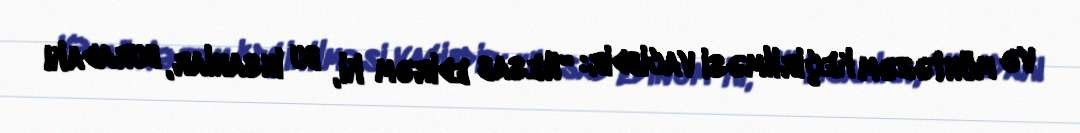
və müntəzəm keçirilməsi vacibdir: “Hesab edirəm ki, bu insanlar, buradakı